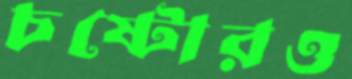
চষ্টোরও